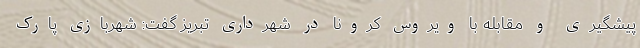
پیشگیری و مقابله با ویروس کرونا در شهرداری تبریز گفت: شهربازی پارک